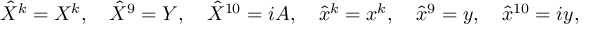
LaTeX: \hat { X } ^ { k } = X ^ { k } , \quad \hat { X } ^ { 9 } = Y , \quad \hat { X } ^ { 1 0 } = i A , \quad \hat { x } ^ { k } = x ^ { k } , \quad \hat { x } ^ { 9 } = y , \quad \hat { x } ^ { 1 0 } = i y ,